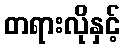
တရားလိုနှင့်